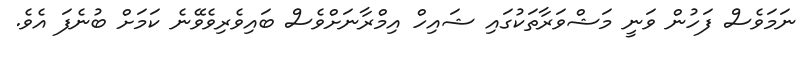
ނަމަވެސް ފަހުން ވަނީ މަޝްވަރާތަކުގައި ޝައިހް އިމްރާނަށްވެސް ބައިވެރިވެވޭނެ ކަމަށް ބުނެފަ އެވެ.